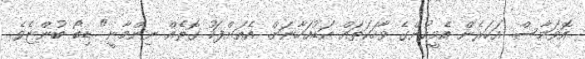
އޮވަމާސް. އަހަރެން އެމީހުންގެ ވާހަކަތައް އަޑުއަހާނަން. އެއަށްފަހު ގޮތެއް ނިންމާނީ" ޑިބޯ ބުންޏެވެ.